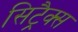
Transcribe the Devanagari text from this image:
सिट्रैक्स